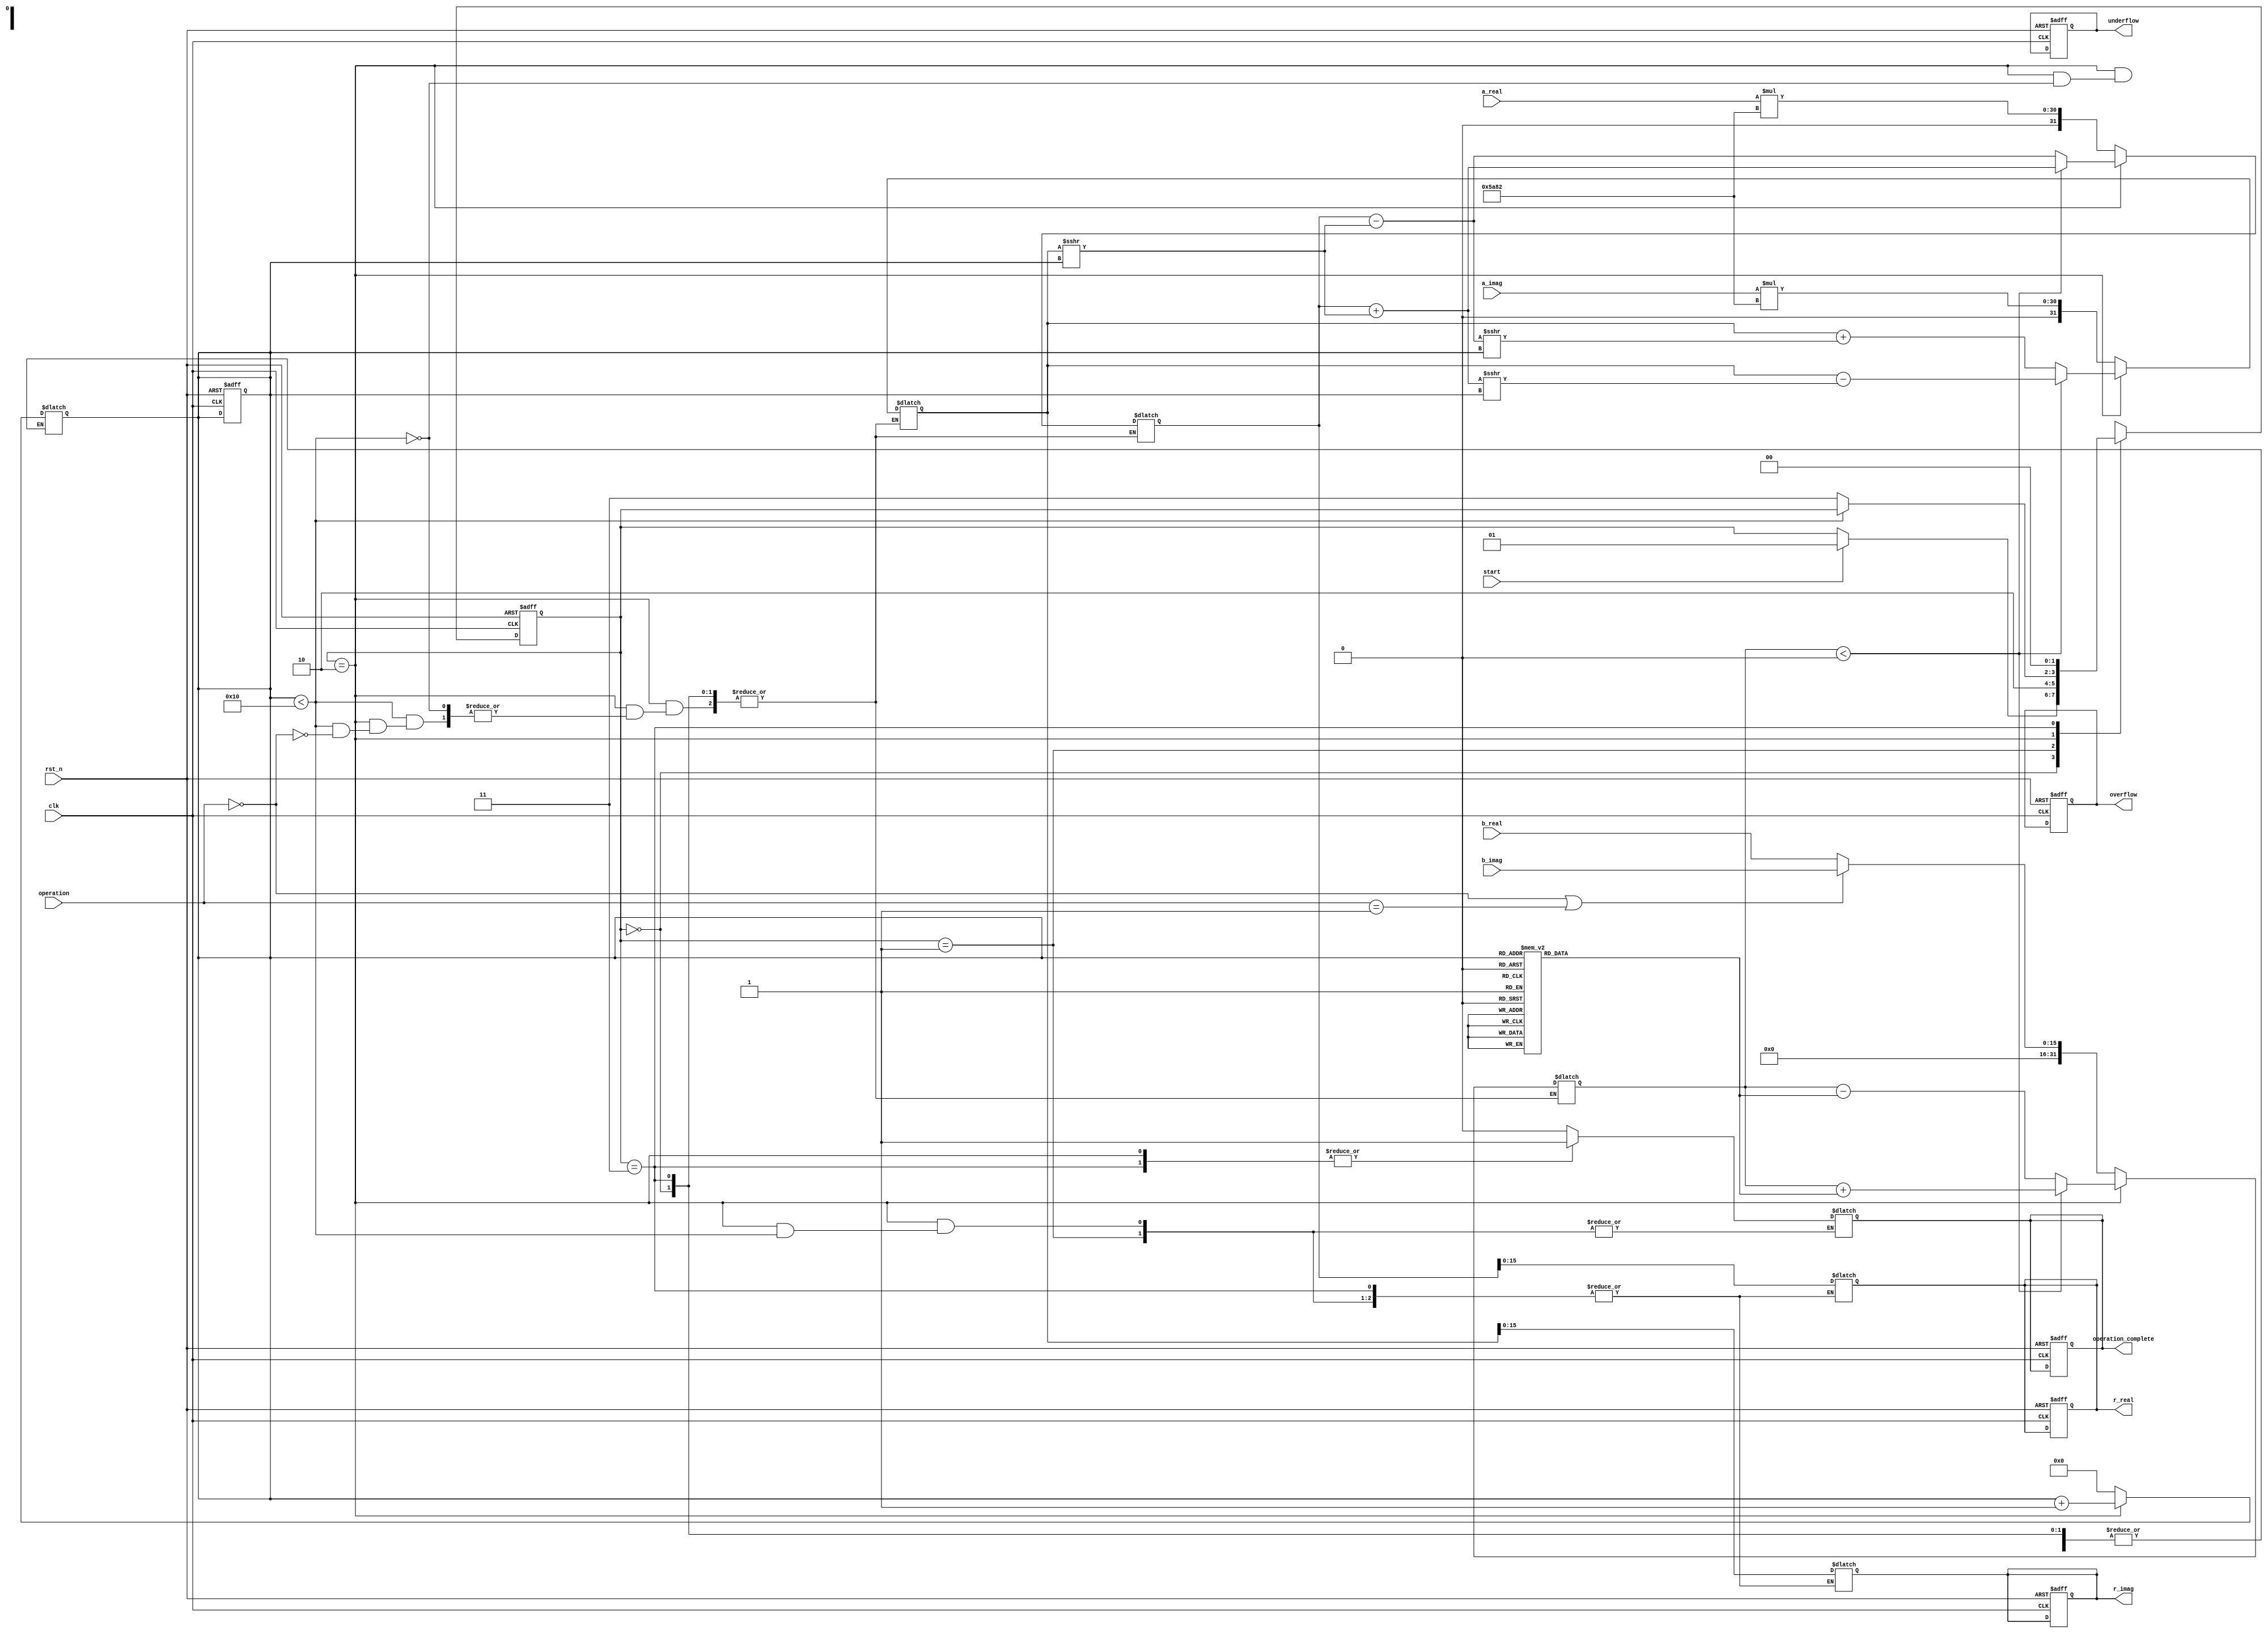
module Complex_CORDIC(
    input clk,
    input rst_n,
    input [15:0] a_real,
    input [15:0] a_imag,
    input [15:0] b_real,
    input [15:0] b_imag,
    input [1:0] operation, // 00: Rotation, 01: Vectoring, 10: Multiplication, 11: Division
    input start,
    output reg [15:0] r_real,
    output reg [15:0] r_imag,
    output reg operation_complete,
    output reg overflow,
    output reg underflow
);

// Parameters
localparam NUM_ITERATIONS = 16; // Number of CORDIC iterations
localparam ASCALING = 16'h5A82; // Predefined scaling factor (1/sqrt(1+2^-1) for 16-bit)

// CORDIC angle lookup table (in fixed-point)
reg [15:0] atan_table [0:NUM_ITERATIONS-1];
initial begin
    atan_table[0]  = 16'h2000; // atan(2^-0)
    atan_table[1]  = 16'h1000; // atan(2^-1)
    atan_table[2]  = 16'h0800; // atan(2^-2)
    atan_table[3]  = 16'h0400; // atan(2^-3)
    atan_table[4]  = 16'h0200; // atan(2^-4)
    atan_table[5]  = 16'h0100; // atan(2^-5)
    atan_table[6]  = 16'h0080; // atan(2^-6)
    atan_table[7]  = 16'h0040; // atan(2^-7)
    atan_table[8]  = 16'h0020; // atan(2^-8)
    atan_table[9]  = 16'h0010; // atan(2^-9)
    atan_table[10] = 16'h0008; // atan(2^-10)
    atan_table[11] = 16'h0004; // atan(2^-11)
    atan_table[12] = 16'h0002; // atan(2^-12)
    atan_table[13] = 16'h0001; // atan(2^-13)
    atan_table[14] = 16'h0001; // atan(2^-14)
    atan_table[15] = 16'h0000; // atan(2^-15 (beyond this point values are negligible))
end

// State encoding for FSM
localparam IDLE = 2'b00;
localparam INIT = 2'b01;
localparam CALC = 2'b10;
localparam DONE = 2'b11;

reg [1:0] state, next_state;
reg [3:0] iteration_counter;
reg signed [31:0] x, y, z; // Extended width for intermediate calculations

// Control logic
always @(posedge clk or negedge rst_n) begin
    if (!rst_n) begin
        state <= IDLE;
        r_real <= 0;
        r_imag <= 0;
        operation_complete <= 0;
        iteration_counter <= 0;
        overflow <= 0;
        underflow <= 0;
    end else begin
        state <= next_state;
    end
end

always @(*) begin
    next_state = state;
    case (state)
        IDLE: begin
            operation_complete = 0;
            if (start) begin
                next_state = INIT;
            end
        end
        INIT: begin
            x = a_real * ASCALING; // Scale the input for CORDIC
            y = a_imag * ASCALING;
            z = (operation == 0 || operation == 1) ? b_imag : b_real; // Angle for rotation or vectoring
            iteration_counter = 0;
            next_state = CALC;
        end
        CALC: begin
            if (iteration_counter < NUM_ITERATIONS) begin
                // CORDIC computation
                if (operation == 0) begin // Rotation
                    if (z < 0) begin
                        x = x + (y >>> iteration_counter);
                        y = y - (x >>> iteration_counter);
                        z = z + atan_table[iteration_counter];
                    end else begin
                        x = x - (y >>> iteration_counter);
                        y = y + (x >>> iteration_counter);
                        z = z - atan_table[iteration_counter];
                    end
                end else if (operation == 1) begin // Vectoring
                    // Implementation for vectoring mode
                    // Compute angle and magnitude
                    // (Not fully implemented in this example)
                end else if (operation == 2) begin // Multiplication (using rotation)
                    // (Not implemented in this example)
                end else if (operation == 3) begin // Division (using vectoring)
                    // (Not implemented in this example)
                end
                iteration_counter = iteration_counter + 1;
            end else begin
                r_real = x[15:0]; // Final output real part
                r_imag = y[15:0]; // Final output imaginary part
                operation_complete = 1;
                next_state = DONE;
            end
        end
        DONE: begin
            // Handle completion state
            operation_complete = 1;
            next_state = IDLE;
        end
    endcase
end

endmodule